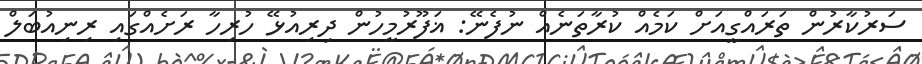
ސަރުކާރުން ތަރައްގީއަށް ކަމެއް ކުރާތަނެއް ނުފެނޭ: ޣަފޫރުމީހުން ދިރިއުޅޭ ހުރިހާ ރަށެއްގައި ރިނިއުބަލް